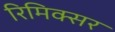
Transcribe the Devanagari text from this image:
रिमिक्सर